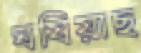
ঘষিয়াছ